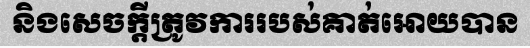
និងសេចក្តីត្រូវការរបស់គាត់អោយបាន